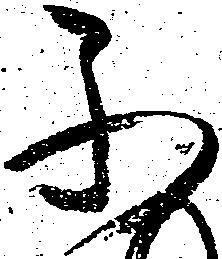
不